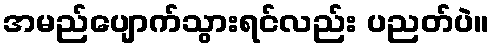
အမည်ပျောက်သွားရင်လည်း ပညတ်ပဲ။